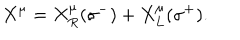
LaTeX: X ^ { \mu } = X _ { R } ^ { \mu } ( \sigma ^ { - } ) + X _ { L } ^ { \mu } ( \sigma ^ { + } ) .